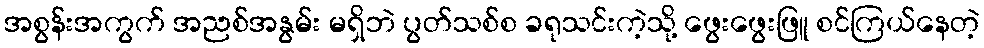
အစွန်းအကွက် အညစ်အနွမ်း မရှိဘဲ ပွတ်သစ်စ ခရုသင်းကဲ့သို့ ဖွေးဖွေးဖြူ စင်ကြယ်နေတဲ့